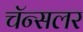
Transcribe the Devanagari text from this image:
चॅन्सलर